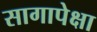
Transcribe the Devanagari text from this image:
सागापेक्षा